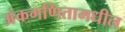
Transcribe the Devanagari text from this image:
अंकगणितामधील